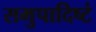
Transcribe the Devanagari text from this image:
समुपादिष्टं